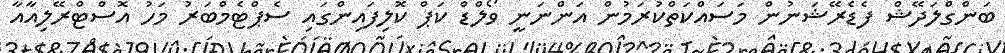
ބަންގްލަދޭޝް ފެޑެރޭޝަނުން މަސައްކަތްކުރަމުން އަންނަނީ ވޯލްޑް ކަޕް ކޮލިފައިންގައި ސެޕްޓެމްބަރު މަހު އޮސްޓްރޭލިއާއާ